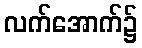
လက်အောက်၌